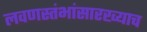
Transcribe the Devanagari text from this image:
लवणस्तंभांसारख्याच